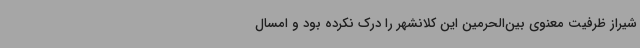
شیراز ظرفیت معنوی بین‌الحرمین این کلانشهر را درک نکرده بود و امسال